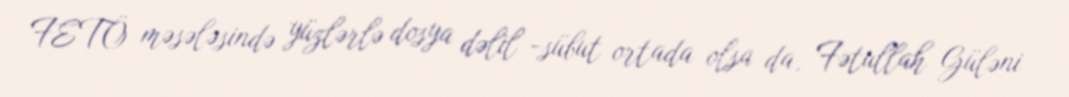
FETÖ məsələsində yüzlərlə dosya dəlil -sübut ortada olsa da, Fətullah Güləni